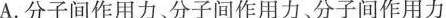
A.分子间作用力、分子间作用力、分子间作用力